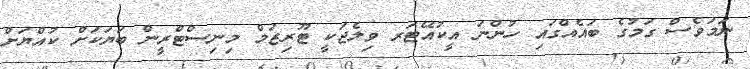
ނަމަވެސް ގަމުގެ ބައެއްގައި ހުންނަ އީކުއޭޓަރ ވިލެޖަކީ ޓޫރިޒަމް މިނިސްޓްރީން ބަޔަކަށް ކުއްޔަށް